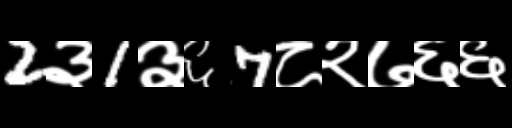
Text: 2३1३६7८२७६६